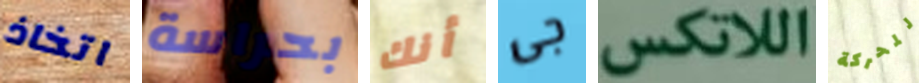
اتخاذ بحراسة أنك جى اللاتكس للحركة